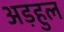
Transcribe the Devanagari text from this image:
अड़हुल